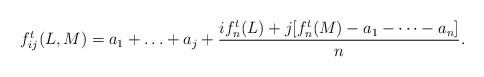
\begin{align*} f^t_{ij}(L,M) = a_1 + \ldots + a_j + \frac{i f_n^t(L) + j [f_n^t(M) - a_1 - \cdots - a_n]}{n}.\end{align*}